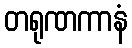
တရုဏကာနံ